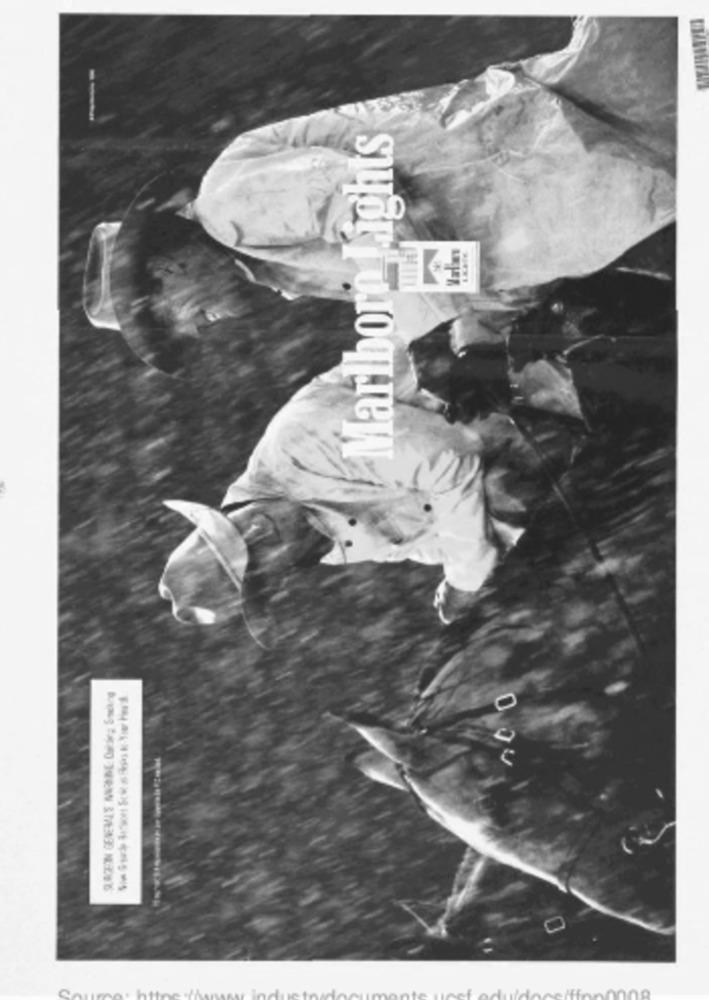
--
Marlboro Lights